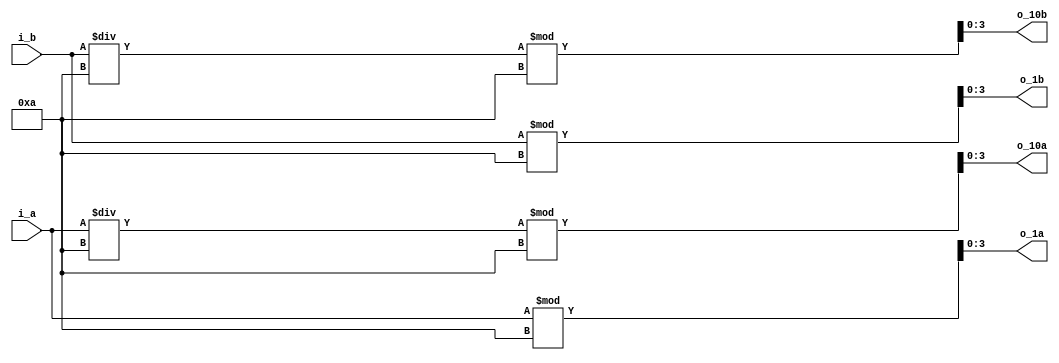
`timescale 1ns / 1ps

module DigitDivider(
    input [6:0] i_a, i_b,

    output [3:0] o_1a, o_10a, o_1b, o_10b
    );

    assign o_1a  = i_a % 10;
    assign o_10a = i_a / 10 % 10;
    assign o_1b  = i_b % 10;
    assign o_10b = i_b / 10 % 10;
endmodule